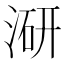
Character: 𭱍